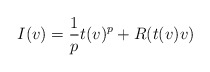
\begin{align*} I(v) = \frac 1p t(v)^p + R(t(v)v)\end{align*}